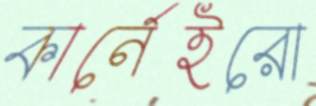
কার্নেইরো